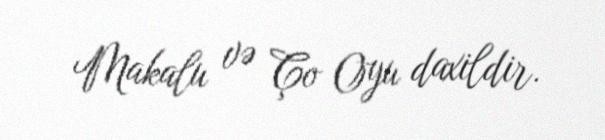
Makalu və Ço Oyu daxildir.